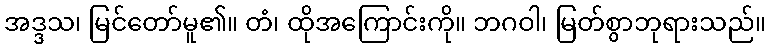
အဒ္ဒသ၊ မြင်တော်မူ၏။ တံ၊ ထိုအကြောင်းကို။ ဘဂဝါ၊ မြတ်စွာဘုရားသည်။